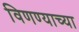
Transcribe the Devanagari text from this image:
विणण्याच्या